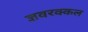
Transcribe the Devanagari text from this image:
ज्ञवरक्कल